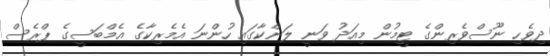
ދިވެހި ނޫސްވެރިންގެ ޓީމުން މިއަދު ވަނީ ލަންކާގައި ހުންނަ އެމެރިކާގެ އެމްބަސީގެ ޕްރެސް